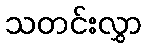
သတင်းလွှာ